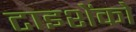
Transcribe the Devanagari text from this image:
टाइशेंको